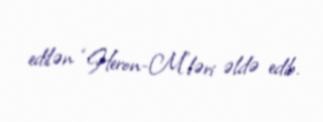
edilən “Heron-M”ləri əldə edib.